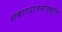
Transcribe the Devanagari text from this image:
शकारद्राजसोद्भूतिः